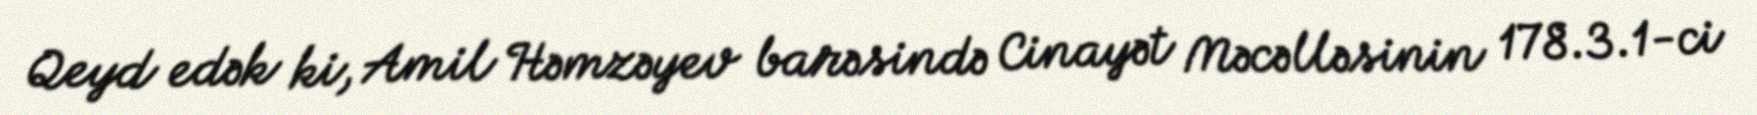
Qeyd edək ki, Amil Həmzəyev barəsində Cinayət Məcəlləsinin 178.3.1-ci